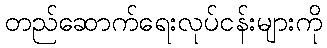
တည်ဆောက်ရေးလုပ်ငန်းများကို